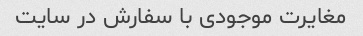
مغایرت موجودی با سفارش در سایت